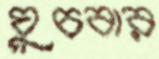
ঘুচবার